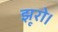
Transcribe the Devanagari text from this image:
झूरो।